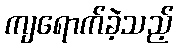
ကျရောက်ခဲ့သည့်